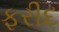
ફરીદ